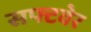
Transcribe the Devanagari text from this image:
सफ्टवेर